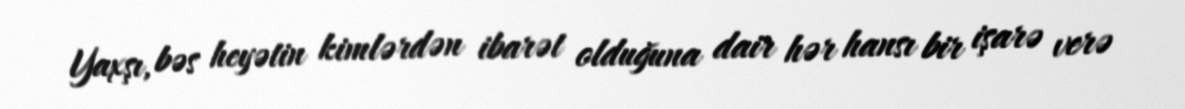
Yaxşı, bəs heyətin kimlərdən ibarət olduğuna dair hər hansı bir işarə verə